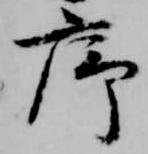
序